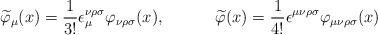
LaTeX: \begin{align*}\widetilde{\varphi }_\mu (x)=\frac 1{3!}\epsilon _\mu ^{\nu \rho \sigma}\varphi _{\nu \rho \sigma }(x),\hspace{0.5in}\widetilde{\varphi }(x)=\frac1{4!}\epsilon ^{\mu \nu \rho \sigma }\varphi _{\mu \nu \rho \sigma }(x)\end{align*}